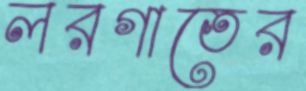
লরগাতের